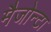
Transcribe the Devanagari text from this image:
मैजोन्टा